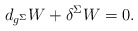
\begin{align*}d _{g^{\Sigma}}W + \delta^{\Sigma} W = 0. \end{align*}